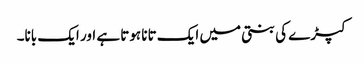
کپڑے کی بنتی میں ایک تانا ہوتا ہے اور ایک بانا۔